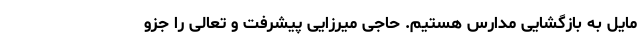
مایل به بازگشایی مدارس هستیم. حاجی میرزایی پیشرفت و تعالی را جزو